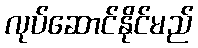
လုပ်ဆောင်နိုင်မည်